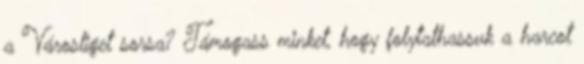
a Városliget sorsa? Támogass minket, hogy folytathassuk a harcot